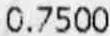
0.7500